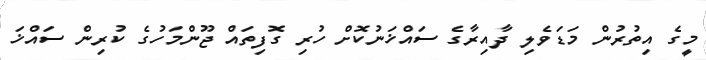
މީގެ އިތުރުން މަޑަވެލި ދާއިރާގެ ސައްޚަނުކޮށް ހުރި ގޮފިތައް ޖޫންމަހުގެ ކުރިން ސައްޚަ